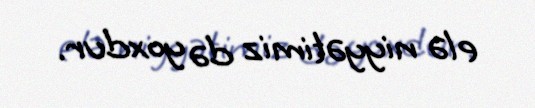
elə niyyətimiz də yoxdur.